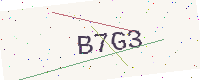
Text: B7G3